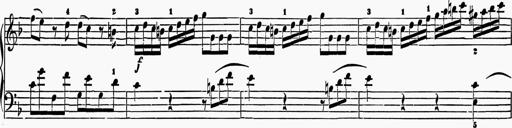
Title: 6 Sonatas
Composer: Muzio Clementi